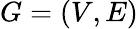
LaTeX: G=\left(V,E\right)